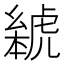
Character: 𬟰